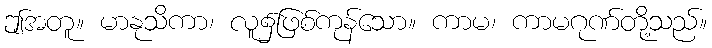
ဤအတူ။ မာနုသိကာ၊ လူ၌ဖြစ်ကုန်သော။ ကာမ၊ ကာမဂုဏ်တို့သည်။